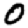
Digit: 0